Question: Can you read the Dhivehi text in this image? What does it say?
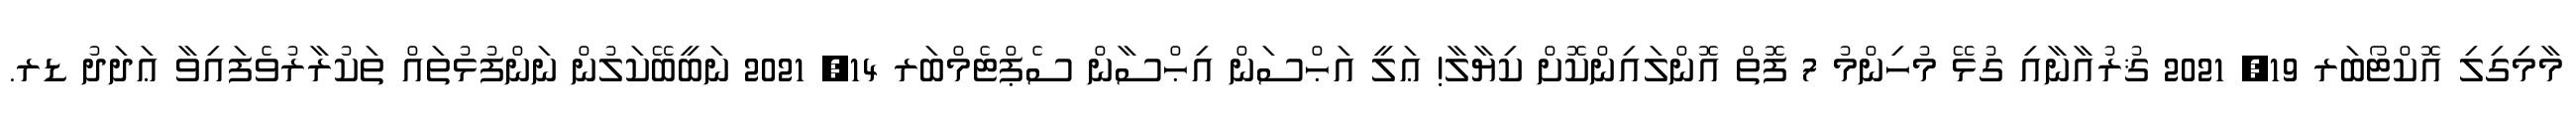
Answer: މާމިގިލި އޮކްޓޯބަރ 19, 2021 ޤުރުއާނާއި ގުޅޭ މުހިންމު 7 ފޮތް އޮންލައިންކޮށް ކިޔާލާ! ޢަލީ އަޙްސަން އިޙްސާން ސެޕްޓެމްބަރ 14, 2021 ނަބީބޭކަލުން ނަންފުޅުތައް ތަކުރާރުވެފައިވާ ޢަދަދު ޑރ.